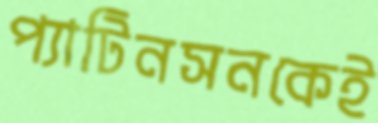
প্যাটিনসনকেই